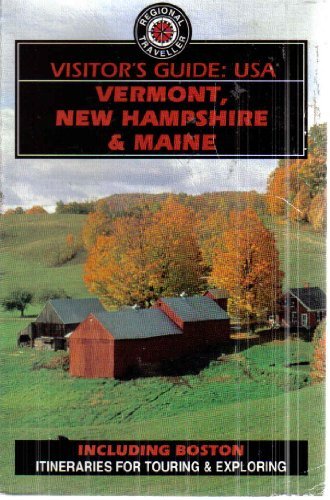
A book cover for Visitors Guide : USA: Vermont, New Hampshire & Maine; Don Philpott; Travel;